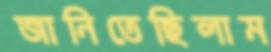
জানিতেছিলাম